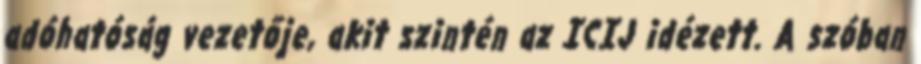
adóhatóság vezetője, akit szintén az ICIJ idézett. A szóban